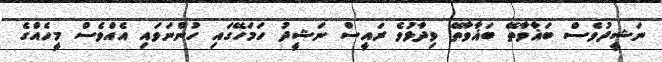
ނަޝީދުވެސް ބަޣާވާތޭ ބަޣާވާތޭ ވިދާޅުވެ ރައީސް ނަޝީދު ހަމަހޭގައި ހުންނަވައި އެއްވެސް މީހެއްގެ